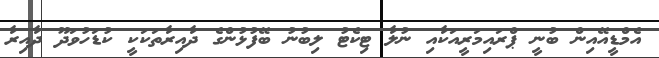
އެމްޑީއޭއިން ބުނީ ޕްރައިމަރީއަކާއި ނުލާ ޓިކެޓު ލިބުނު ބޭފުޅުންގެ ދާއިރާތަކަކީ ކުޑަހުވަދޫ ދާއިރާ